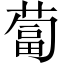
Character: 蔔